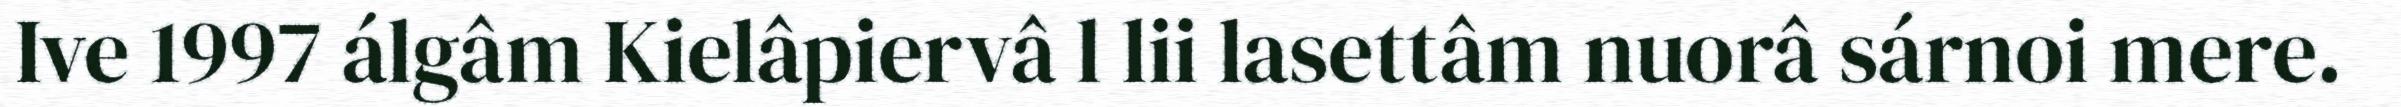
Ive 1997 álgâm Kielâpiervâ l lii lasettâm nuorâ sárnoi mere.